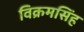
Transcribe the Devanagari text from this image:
विक्रमसिंह